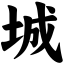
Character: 城